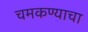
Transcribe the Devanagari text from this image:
चमकण्याचा